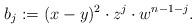
LaTeX: \begin{align*} b_j:=(x-y)^2\cdot z^j\cdot w^{n-1-j}. \end{align*}